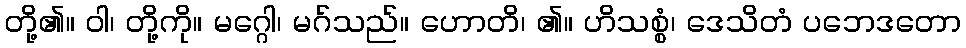
တို့၏။ ဝါ၊ တို့ကို။ မဂ္ဂေါ၊ မဂ်သည်။ ဟောတိ၊ ၏။ ဟိသစ္စံ၊ ဒေသိတံ ပဘေဒတော